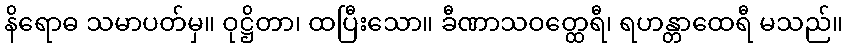
နိရောဓ သမာပတ်မှ။ ဝုဋ္ဌိတာ၊ ထပြီးသော။ ခီဏာသဝတ္ထေရီ၊ ရဟန္တာထေရီ မသည်။